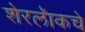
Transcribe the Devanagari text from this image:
शेरलॅाकचे